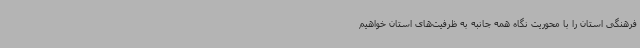
فرهنگی استان را با محوریت نگاه همه جانبه به ظرفیت‌های استان خواهیم